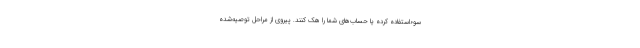
سوءاستفاده کرده یا حساب‌های شما را هک کنند. پیروی از مراحل توصیه‌شده